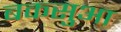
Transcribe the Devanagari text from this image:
बकसुआ